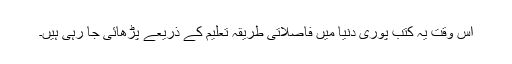
اس وقت یہ کتب پوری دنیا میں فاصلاتی طریقہ تعلیم کے ذریعے پڑھائی جا رہی ہیں۔